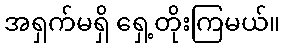
အရှက်မရှိ ရှေ့တိုးကြမယ်။